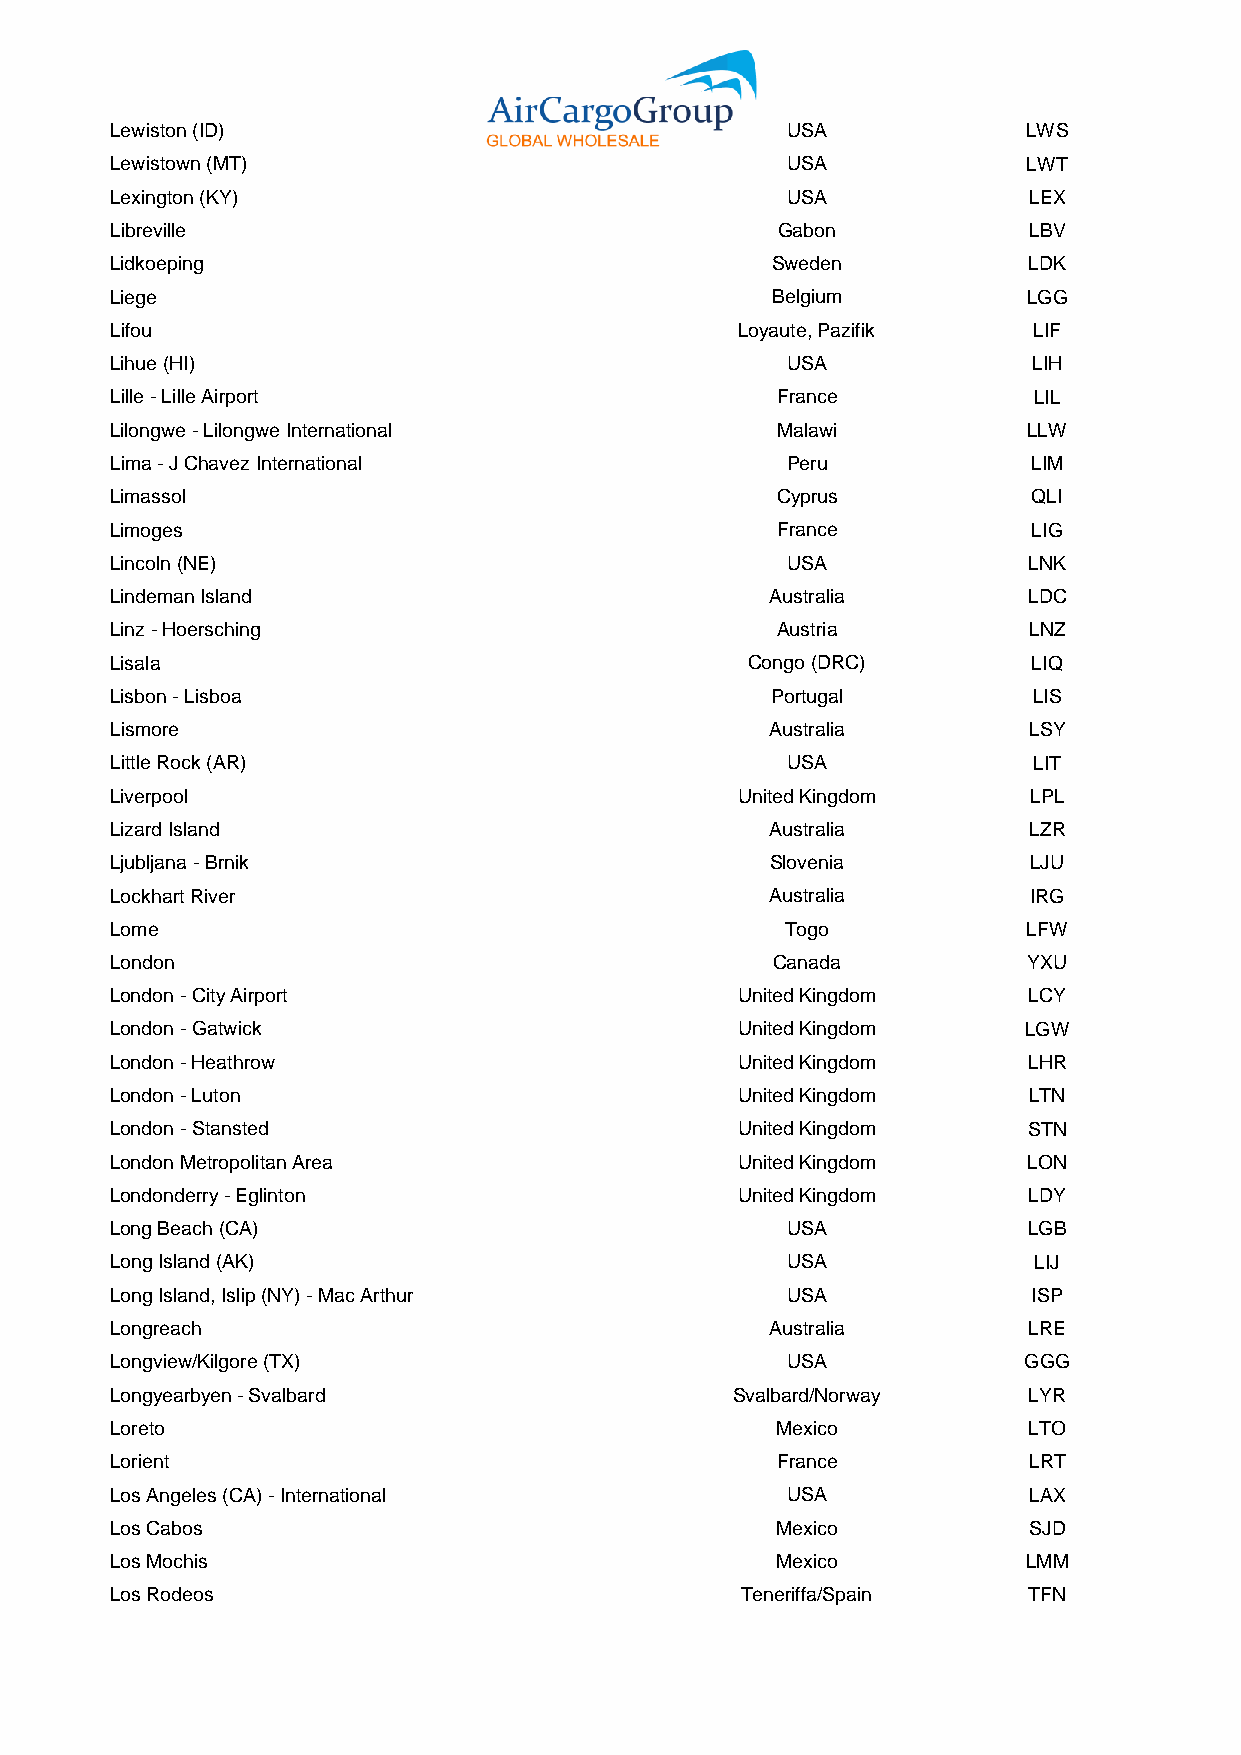
Lewiston (ID)                                USA             LWS
 Lewistown (MT)                               USA             LWT
 Lexington (KY)                               USA             LEX
 Libreville                                  Gabon            LBV
 Lidkoeping                                  Sweden           LDK
 Liege                                       Belgium          LGG
 Lifou                                     Loyaute, Pazifik   LIF
 Lihue (HI)                                   USA             LIH
 Lille - Lille Airport                       France           LIL
 Lilongwe - Lilongwe International           Malawi           LLW
 Lima - J Chavez International                Peru            LIM
 Limassol                                    Cyprus           QLI
 Limoges                                     France           LIG
 Lincoln (NE)                                 USA             LNK
 Lindeman Island                             Australia        LDC
 Linz - Hoersching                           Austria          LNZ
 Lisala                                     Congo (DRC)       LIQ
 Lisbon - Lisboa                             Portugal         LIS
 Lismore                                     Australia        LSY
 Little Rock (AR)                             USA             LIT
 Liverpool                                 United Kingdom     LPL
 Lizard Island                               Australia        LZR
 Ljubljana - Brnik                           Slovenia         LJU
 Lockhart River                              Australia        IRG
 Lome                                         Togo            LFW
 London                                      Canada           YXU
 London - City Airport                     United Kingdom     LCY
 London - Gatwick                          United Kingdom     LGW
 London - Heathrow                         United Kingdom     LHR
 London - Luton                            United Kingdom     LTN
 London - Stansted                         United Kingdom     STN
 London Metropolitan Area                  United Kingdom     LON
 Londonderry - Eglinton                    United Kingdom     LDY
 Long Beach (CA)                              USA             LGB
 Long Island (AK)                             USA             LIJ
 Long Island, Islip (NY) - Mac Arthur         USA             ISP
 Longreach                                   Australia        LRE
 Longview/Kilgore (TX)                        USA             GGG
 Longyearbyen - Svalbard                  Svalbard/Norway     LYR
 Loreto                                      Mexico           LTO
 Lorient                                     France           LRT
 Los Angeles (CA) - International             USA             LAX
 Los Cabos                                   Mexico           SJD
 Los Mochis                                  Mexico           LMM
 Los Rodeos                                Teneriffa/Spain    TFN